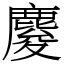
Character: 𪊴